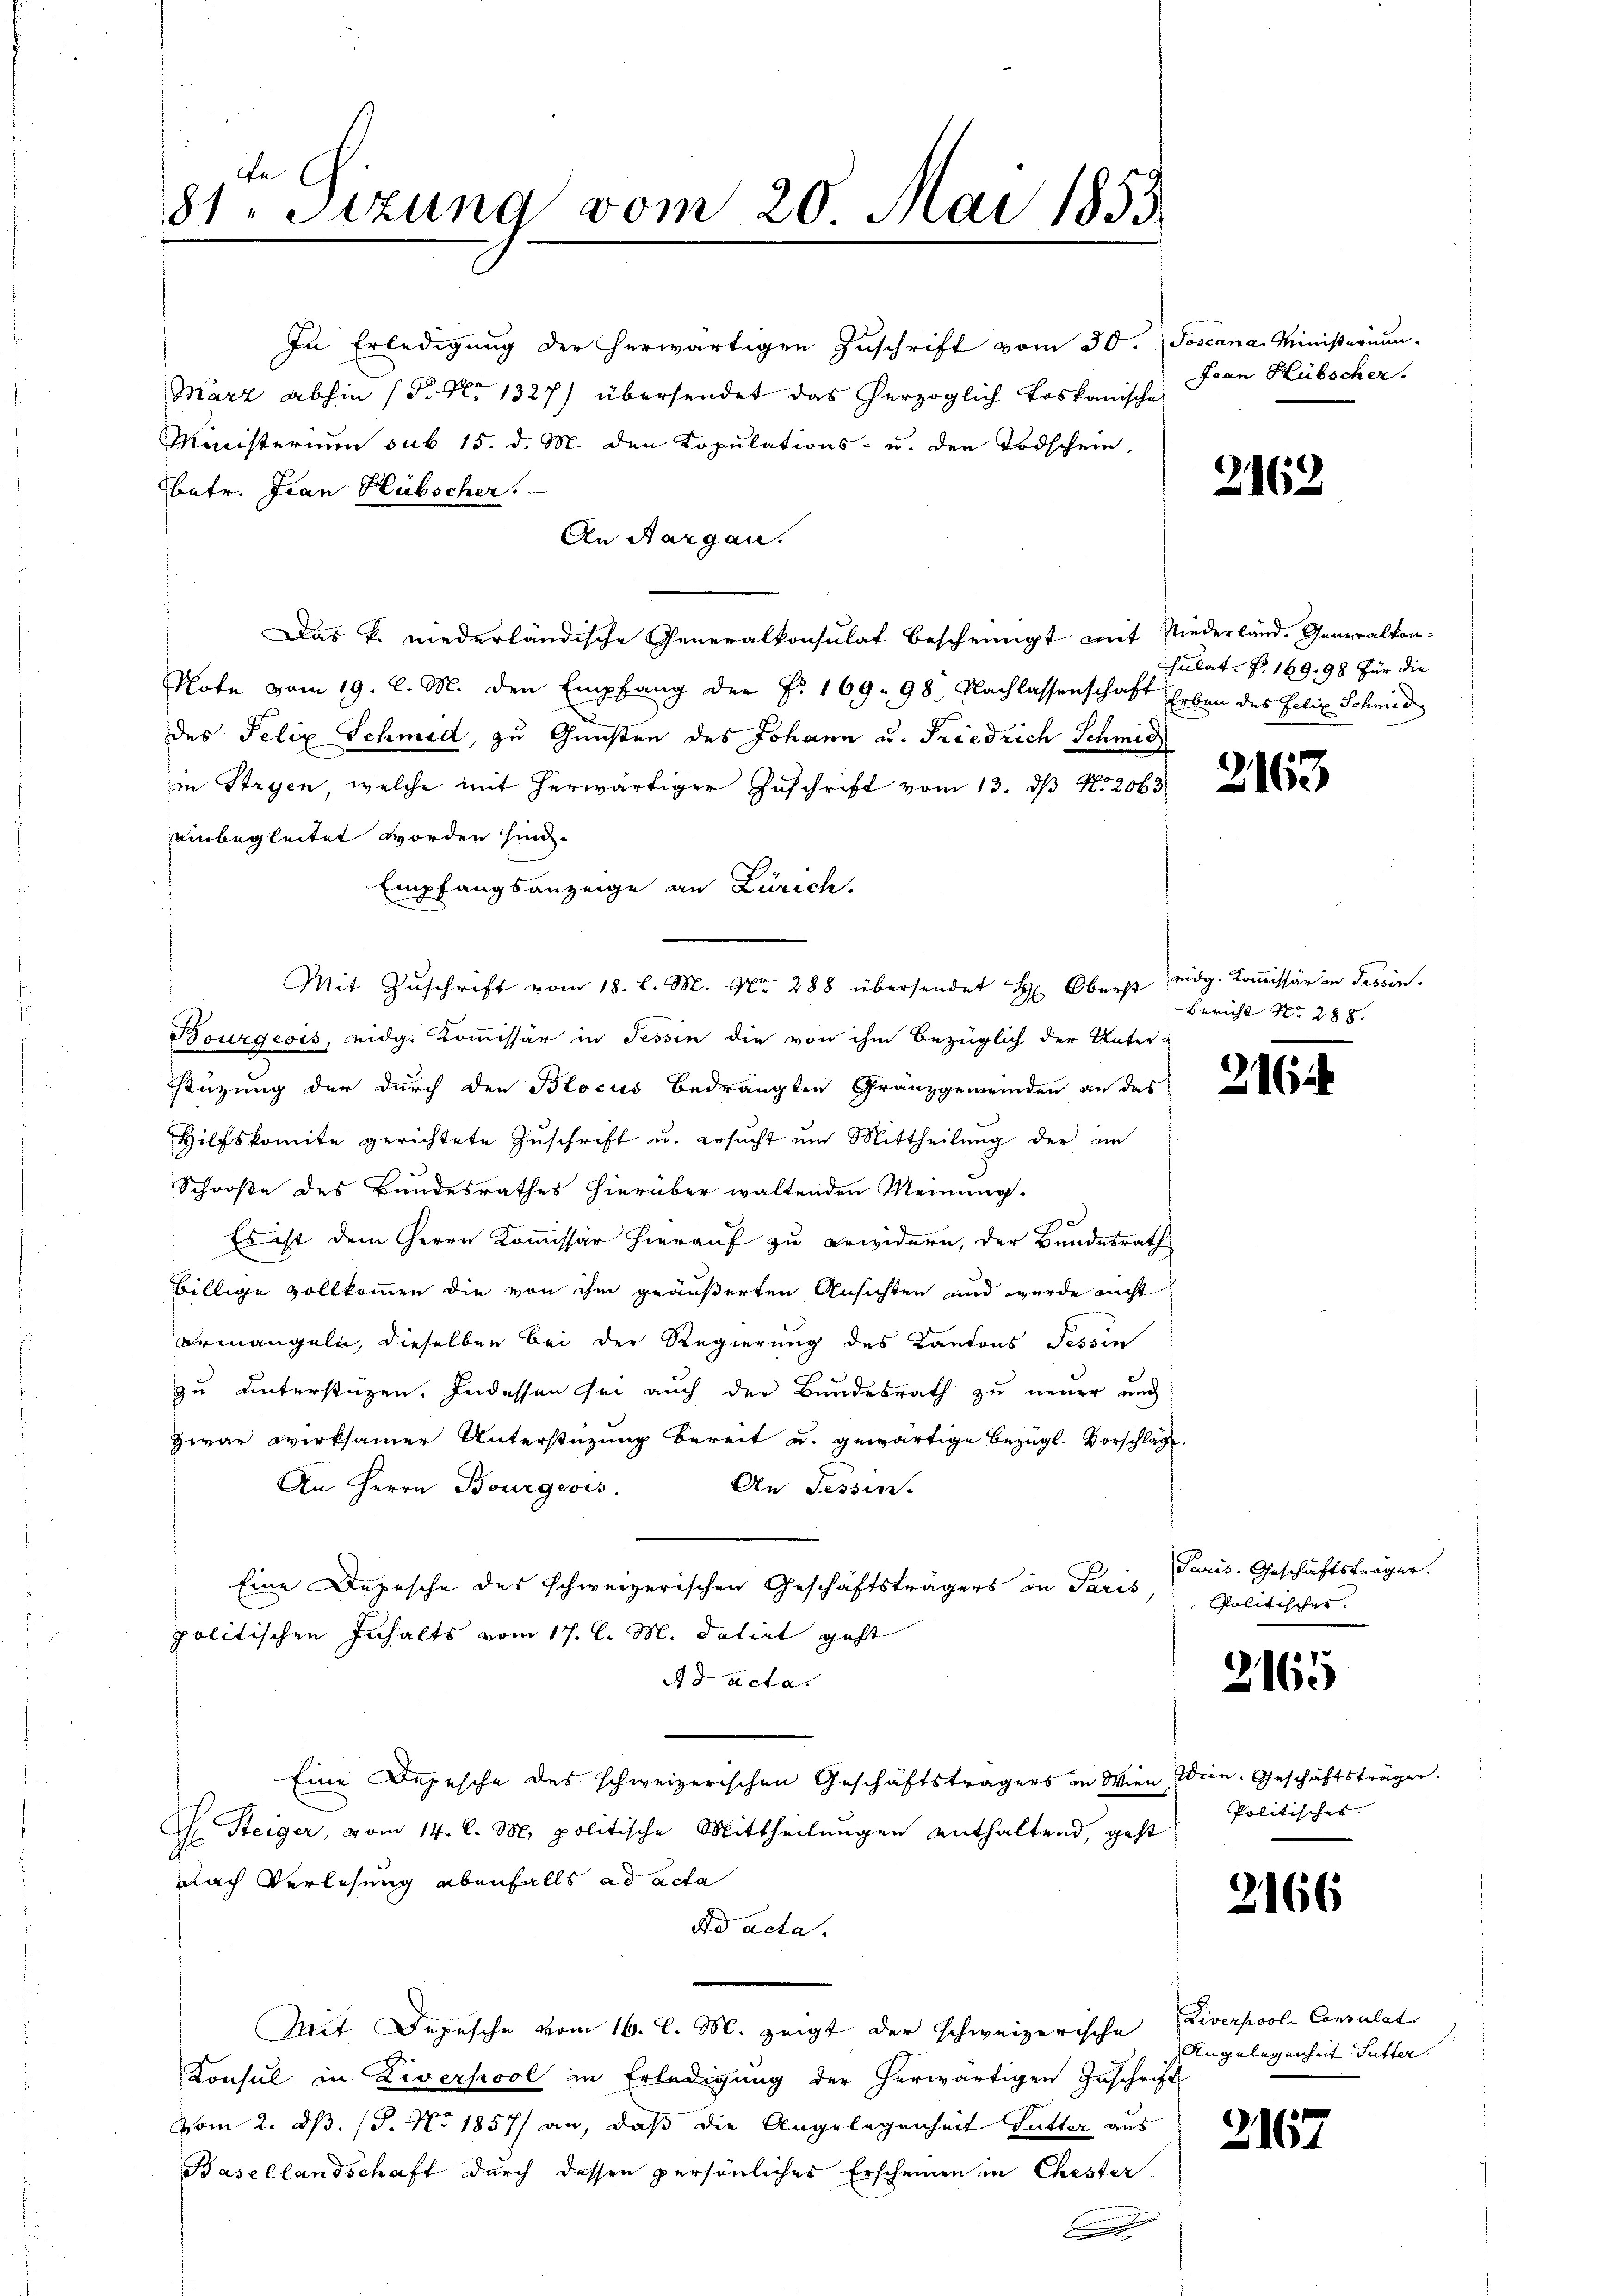
n
81. Sitzung vom 20. Mai 1855.

In Erledigung der herwärtigen Zuschrift vom 30. Joscana Ministerium.
März abhin (P. Nr. 1327) übersendet das herzoglich Loskanische
Ministerium sub 15. d. M. den Kopulations- u. den Todschein,
betr. Jean Hübscher.
An Aargau.
Das k. niederländische Generalkonsulat bescheinigt mit Niederland. Generalton¬
Note vom 19. l. M. den Empfang der Nr. 169. 98. Nachlassenschaft Erben des Felix Schmid
des Felix Schmid, zu Gunsten des Johann u. Friedrich Schmid
in Stryen, welche mit herwärtiger Zuschrift vom 13. ds No. 2063
einbegleitet worden sind.
Empfangsanzeige an Zürich.
Bourgeois, eidg. Kommissär in Tessin die von ihm bezüglich der Unter
stüzung der durch den Blocus bedrängten Franzgemeinden an das
Hilfskomite gerichtete Zuschrift u. ersucht um Mittheilung der in
Schooße des Bundesrathes hierüber waltenden Meinung.
e
Es ist dem Herrn Kommissär hierauf zu erwidern, der Bundesrath
billige vollkommen die von ihm geäußerten Ansichten und wurde nicht
ermangeln, dieselben bei der Regierung des Kantons Tessin
zu unterstüzen. Indessen sei auch der Bundesrath zu neuer und
zwar wirksamer Unterstüzung bereit u. gewärtige bezügl. Vorschlage.
An Herrn Bourgeois.
An Tessin-
Eine Depesche des schweizerischen Geschäftsträgers in Paris
politischen Inhalts vom 17. l. M. datirt geht
Ad acta.
Eine Depesche des schweizerischen Geschäftsträgers in Wien Wien. Geschäftsträger.
H. Steiger, vom 14. d. M. politische Mittheilungen enthaltend, geht
nach Verlesung ebenfalls ad acta
do acta.
Mit. Depesche vom 16. l. M. zeigt der schweizerische Diverpool-Consulat
Konsul in Liverpool in Erledigung der herwärtigen Zuschrift
Vom 2. dß. (S. No 1857 an, daß die Angelegenheit Gutter aus
Basellandschaft durch dessen persönliches Erscheinen in Chester
e

Mit Zŭschrift vom 18. l. M. Nr. 288 übersendet H: Oberst eidg. Koṁissär in Tessin.

Jean Hübscher.

2162

sulat: P. 169. 98 für die

2163

Bericht No. 288.

216

Paris. Geschäftsträger.
Politischer.

2165

Politisches

2166

Angelegenheit Sutter.

2167